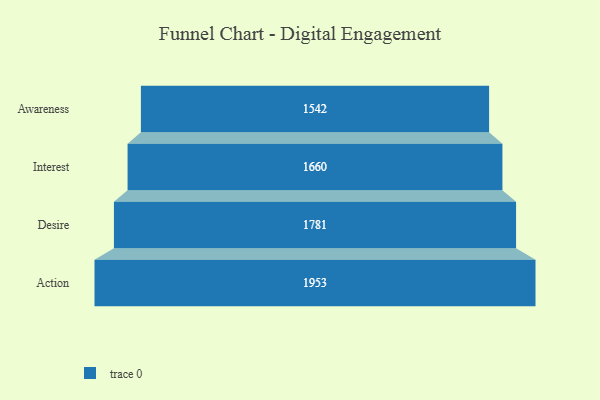
{"axis": {"x": "Stage", "y": "Value"}, "legend": [""], "data": [{"x": "Awareness", "y": 1542.0, "type": ""}, {"x": "Interest", "y": 1660.0, "type": ""}, {"x": "Desire", "y": 1781.0, "type": ""}, {"x": "Action", "y": 1953.0, "type": ""}]}